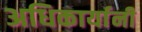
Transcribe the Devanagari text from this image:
अधिकार्यानी